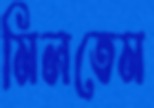
মিলতেম